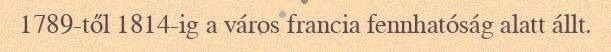
1789-től 1814-ig a város francia fennhatóság alatt állt.